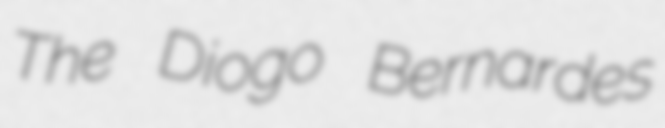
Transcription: The Diogo Bernardes